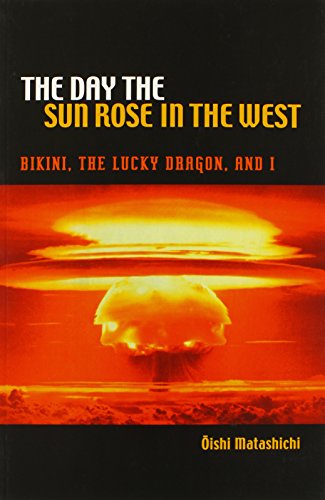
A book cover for The Day the Sun Rose in the West: Bikini, the Lucky Dragon, and I (A Latitude 20 Book); Oishi Matashichi; History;